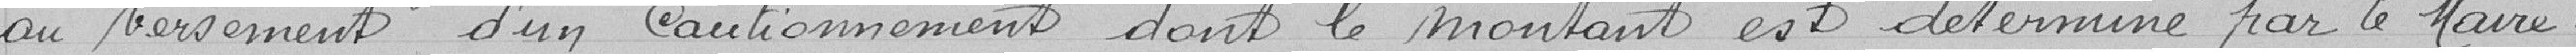
au versement d'un cautionnement dont le montant est déterminé par le maire.